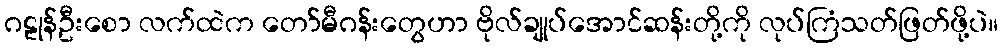
ဂဠုန်ဦးစော လက်ထဲက တော်မီဂန်းတွေဟာ ဗိုလ်ချုပ်အောင်ဆန်းတို့ကို လုပ်ကြံသတ်ဖြတ်ဖို့ပဲ။